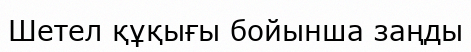
Шетел құқығы бойынша заңды